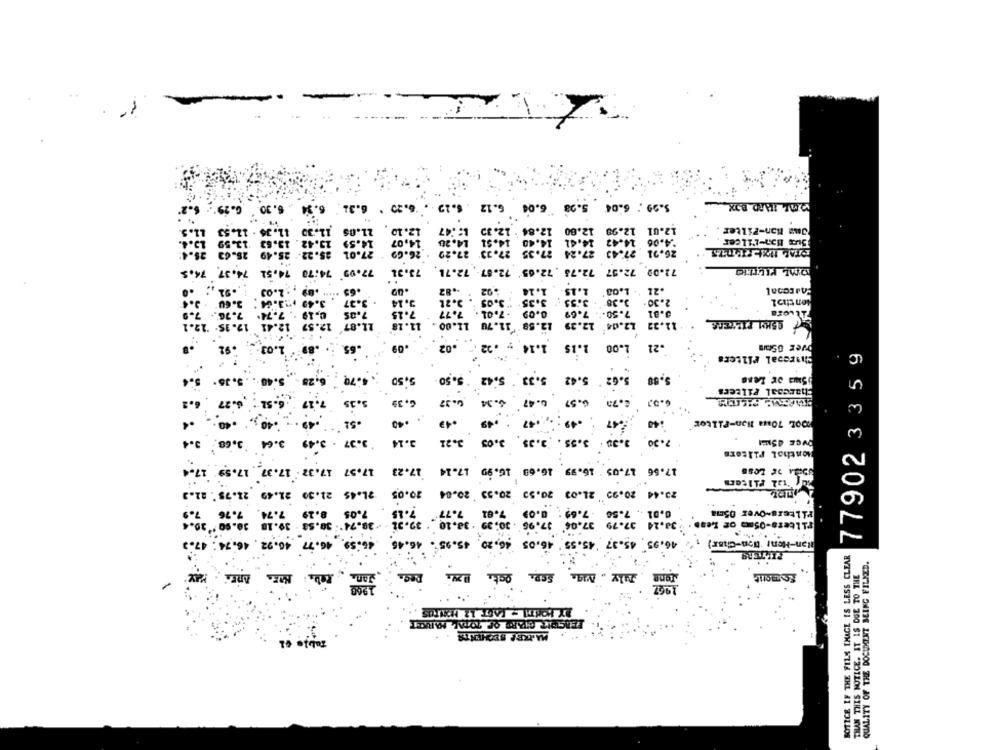
5.99 ; 6.04 5.98 6.04 6.12 .6.12 . 6.20
6.30
6.31
6.20
6.12
1.30
21.05
2.10
:47
12.00 12.84 | 12.30
12.99
12.01
Jma Mon-Filter
13.42 . 13.
14,07
.20
14.51
14.48
Bux Man-L'ilcer
25.49
26.69
27.23
26.91 27.43 27.24 27.35 27.33 27.22 . 26.69
26.91 27.43 27.24 27.35 27.33 27.22 . 26.69
77,99 14:78 74.51 74.37. 74. 5
73.31
72.09 72.37 72.78 .72.05' 72.57- 72.71
$2.03
.09
.. 82
.92
'. 1.08'
.21
2.30.
ton tho 1
7.15
3.01
7.77
12-1
11.18
12.59 11.70 11.00
12.04
11.32
95KM FILTERS
1.14 . . 22
1.03 .92
.65.
.09
.02
1.15
1.00
.21
Charcoal Filters
77902 3 35 9
6.28 5.40. 5.16 . 5.
4.79
5.33 5.42 : 5.50
5.62 ' 5.42
5.50
5,58
Charcoal Filters
6.2
7.19 6.52 : 6:27
5.35
G. 39
6.34
0.47
6.59
2.70
-51
:40
TOOL 70Ma lion-Filter"
3.4
7.30
3.37 - 3.49 3.64 3.68
3.14
3.21
3.35. 3.35 3.05
3.30.
OVCE 45M
Menthol Filters
17.57 17.32 17.37 17.59 17.4
17.23
17.66 17.05 16.99 16.69 16.99 17.14
( tal Filters
21.45 21.30 21.49 21.75' 22.3
23.44 20.95 21.03 20.59 20.53 20.04 20.05
7.74. 7.76
7.05
7.15
0.01 ., 7.56 -7.69 : 0.09 7.61 7.77"
Filters-Over 05ma
30.18 36.00 " 30.4
38.74": 30.5
39.32
38.24 37.79 37.04 37.96 .30:39 . 38.10 . 39.31
17.3
46:59 46.77 46.92 , 46.74
45.95 . 46.45
46.05 46,20
46.95, 45.37 45.55
Han-Hent Non-Char)
BOTICE IF THE FILM IMAGE IS LESS CLEAR
QUALITY OF THE DOCUMENT BEING FILMED.
Rec.
Somont
THAN THIS NOTICE. IT IS DUE TO THE
DY HONTILY LAGT 12 MONTHS
MAIKEP SECHENTS